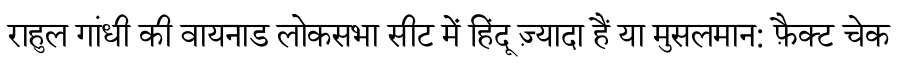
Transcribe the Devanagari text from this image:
राहुल गांधी की वायनाड लोकसभा सीट में हिंदू ज़्यादा हैं या मुसलमान: फ़ैक्ट चेक